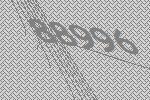
88996